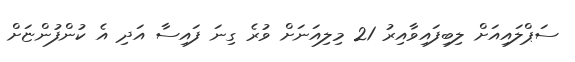
ސަޕްލައިއަށް ލިބިފައިވާއިރު 21 މިލިއަނަށް ވުރެ ގިނަ ފައިސާ އަދި އެ ކުންފުންޏަށް